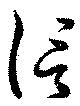
信